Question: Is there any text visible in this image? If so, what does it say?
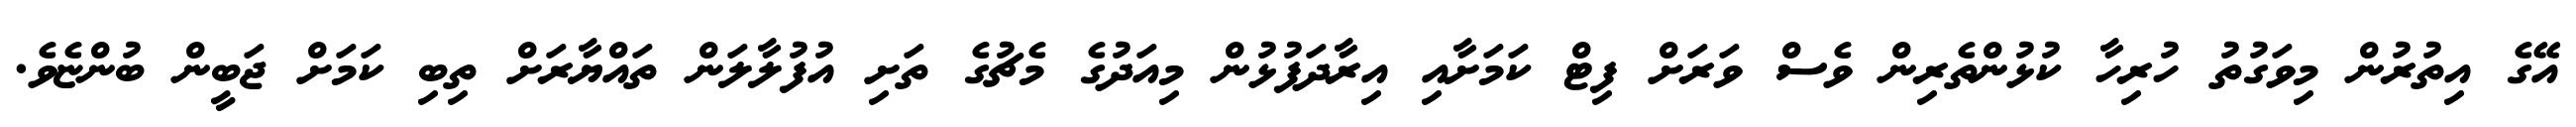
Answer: އޭގެ އިތުރުން މިވަގުތު ހުރިހާ ކުޅުންތެރިން ވެސް ވަރަށް ފިޓް ކަމަށާއި އިރާދަފުޅުން މިއަދުގެ މެޗުގެ ތަށި އުފުލާލަން ތައްޔާރަށް ތިބި ކަމަށް ޖަބީން ބުންޏެވެ.